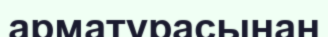
арматурасынан